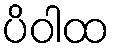
ပိဝါထ